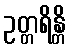
ဥတ္တရိန္တိ